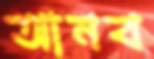
আনব